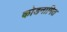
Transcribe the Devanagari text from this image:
कोडनामित